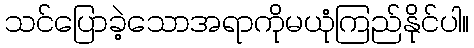
သင်ပြောခဲ့သောအရာကိုမယုံကြည်နိုင်ပါ။